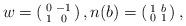
LaTeX: \begin{align*}w= \left(\begin{smallmatrix} 0&-1\\ 1 & 0 \end{smallmatrix}\right) , n(b) = \left(\begin{smallmatrix} 1&b\\ 0 & 1 \end{smallmatrix}\right) , \end{align*}